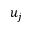
u _ { j }